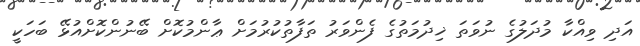
އަދި ވިއްކާ މުދަލުގެ ނުވަތަ ޚިދުމަތުގެ ފެންވަރު ތަފާތުކުރުމަށް ޢާންމުކޮށް ބޭނުންކޮށްއުޅޭ ބަހަކީ